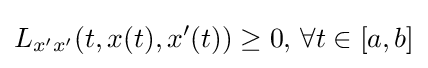
L_{x'x'}(t,x(t),x'(t))\geq 0,\,\forall t\in [a,b]